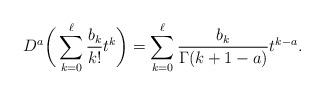
LaTeX: \begin{align*} D^a \bigg( \sum_{k=0}^{\ell} \frac{ b_k }{ k! } t^k \bigg) = \sum_{k=0}^{\ell} \frac{ b_k }{ \Gamma(k+1-a) } t^{k - a}.\end{align*}